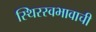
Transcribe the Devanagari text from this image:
स्थिरस्वभावाची